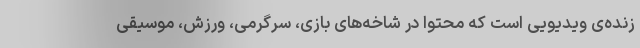
زنده‌ی ویدیویی است که محتوا در شاخه‌های بازی، سرگرمی، ورزش، موسیقی